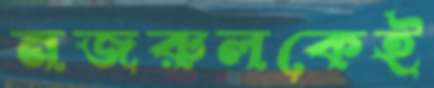
নজরুলকেই